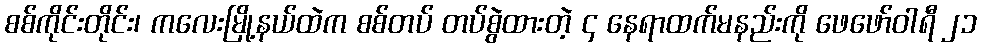
စစ်ကိုင်းတိုင်း၊ ကလေးမြို့နယ်ထဲက စစ်တပ် တပ်စွဲထားတဲ့ ၄ နေရာထက်မနည်းကို ဖေဖော်ဝါရီ ၂၁